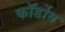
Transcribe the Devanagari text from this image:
कॉर्डोव